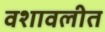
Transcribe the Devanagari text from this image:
वशावलीत